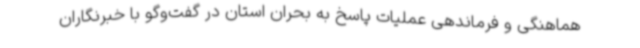
هماهنگی و فرماندهی عملیات پاسخ به بحران استان در گفت‌وگو با خبرنگاران